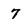
Character: 7